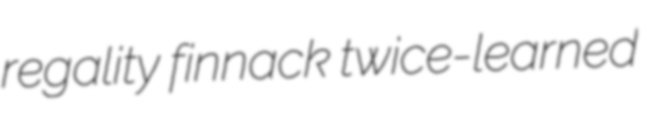
regality finnack twice-learned